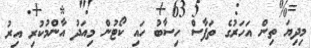
މިދިޔަ ތިން އަހަރުގެ ތަފާސް ހިސާބު ހައި ކޯޓުން މިއަދު އާންމުކުރި އިރު